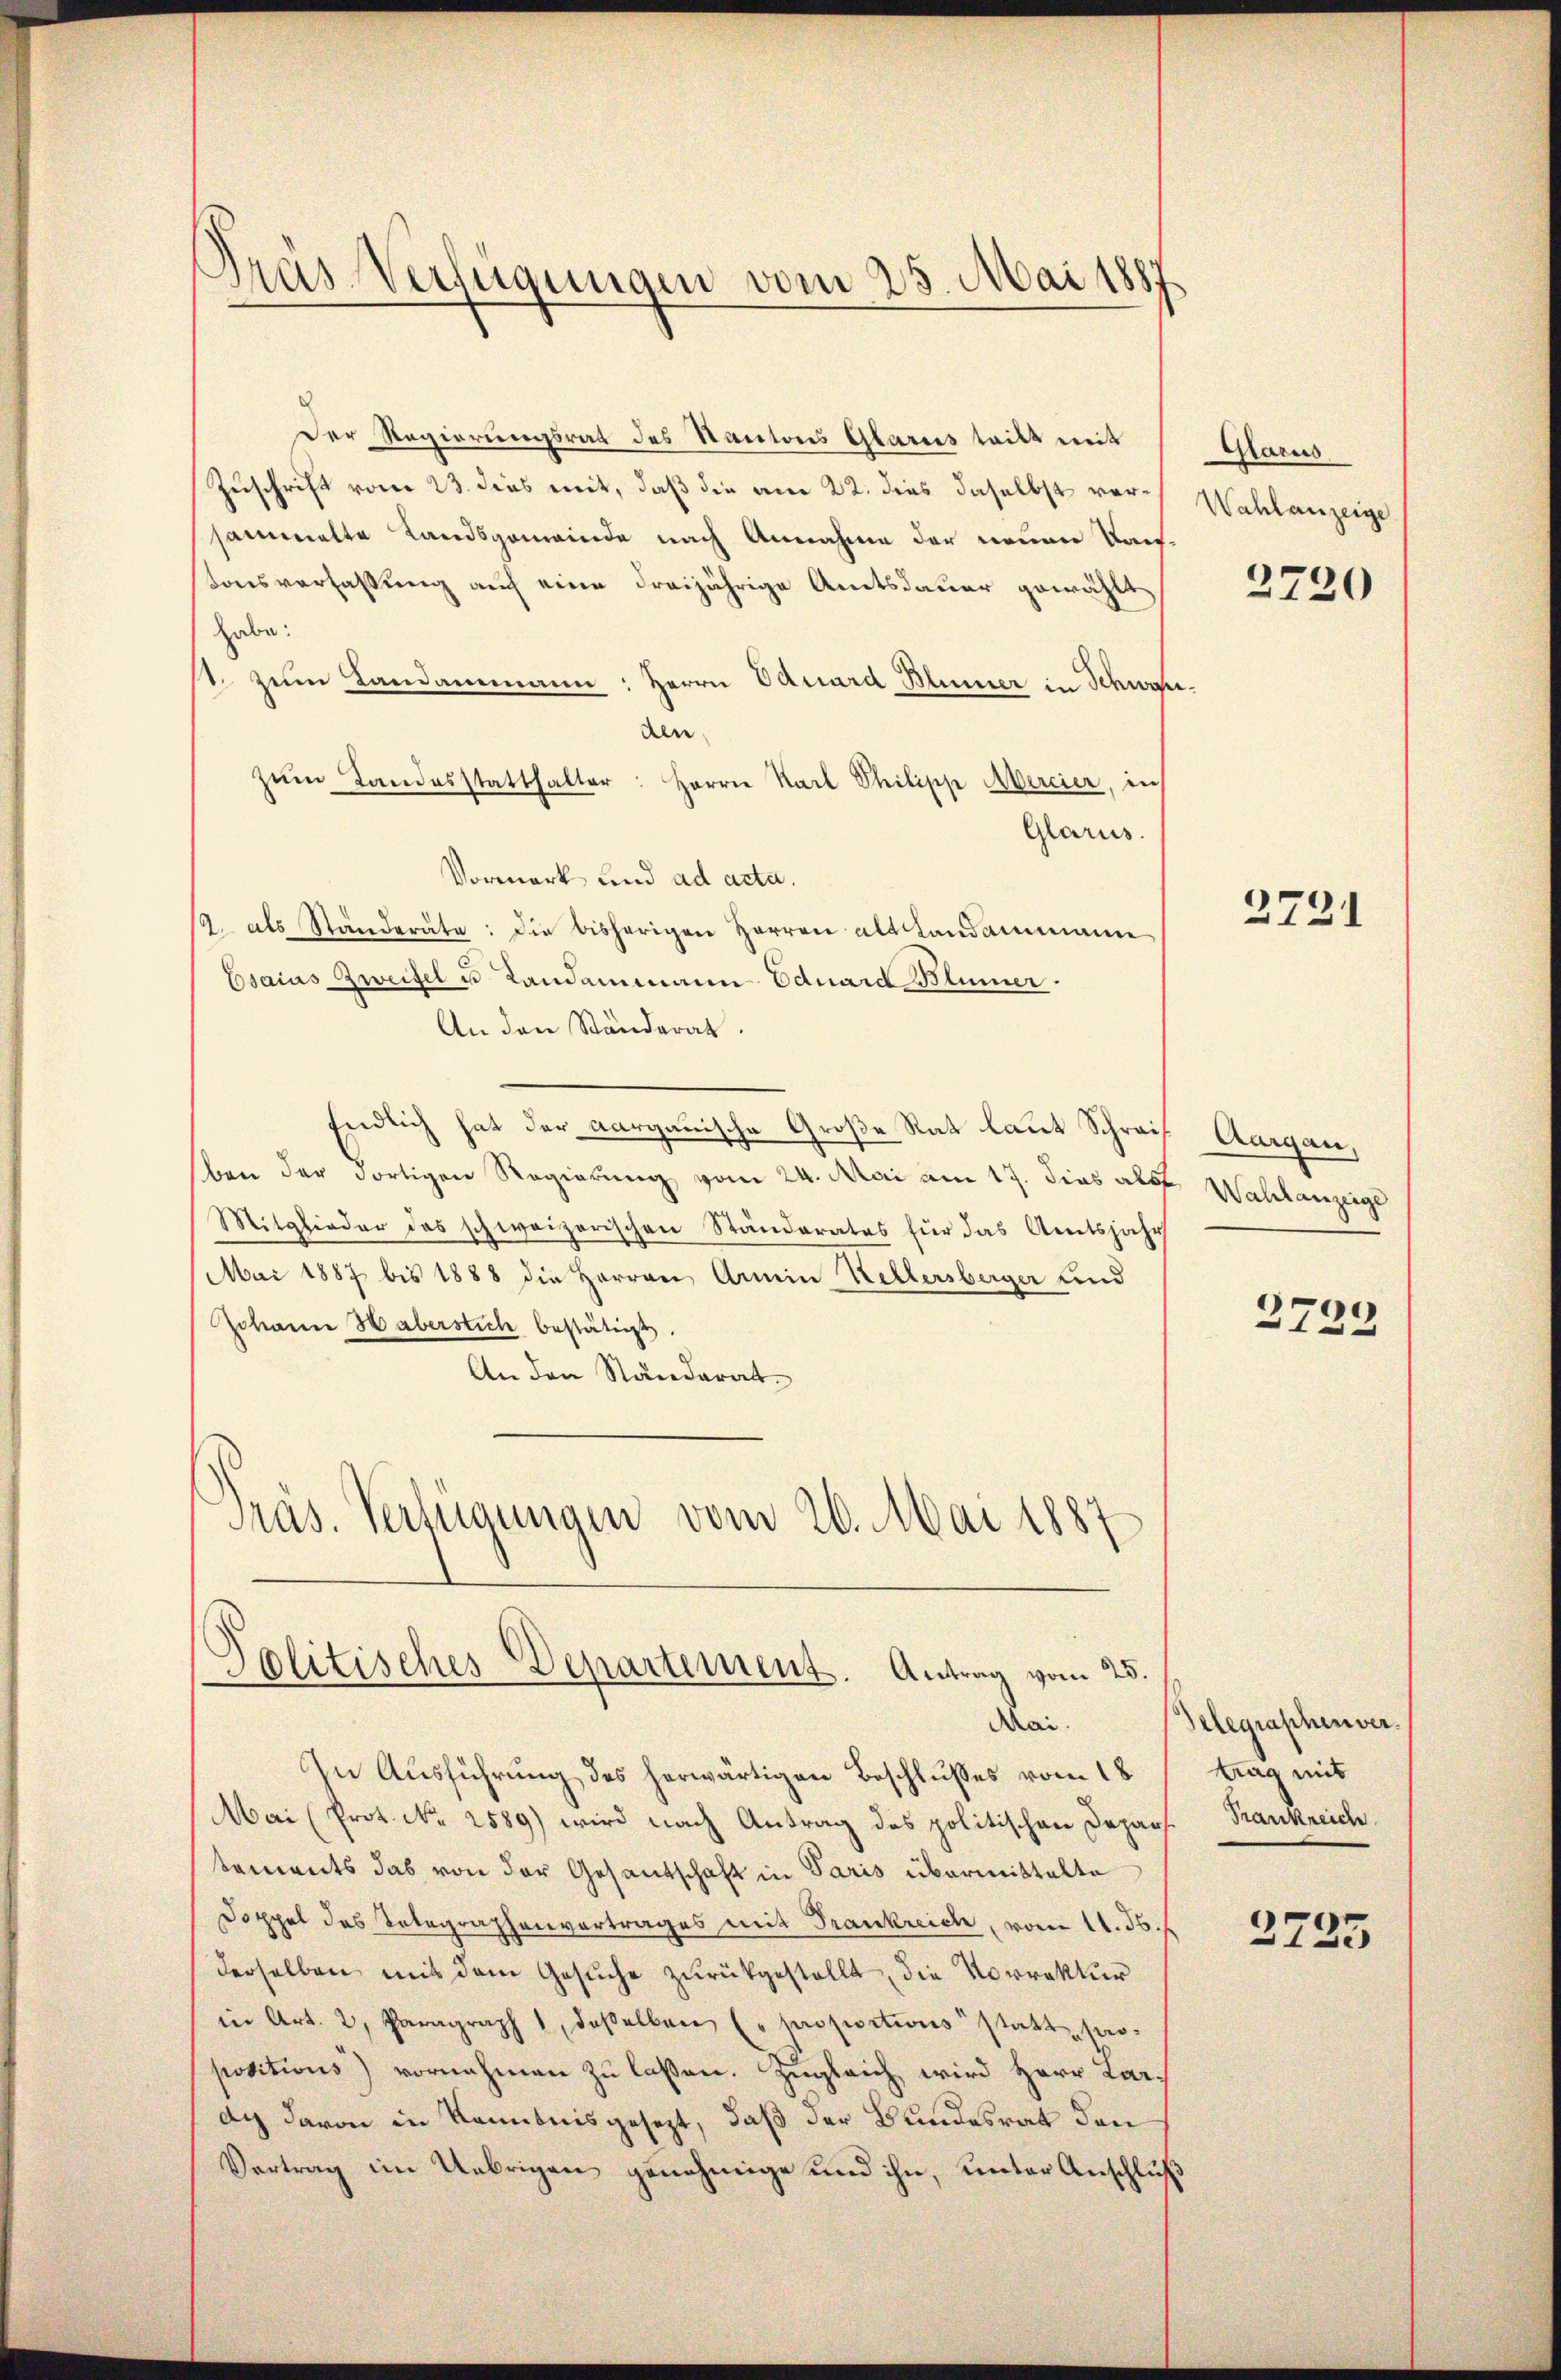
Pras Verfügungen vom 25. Mai 1887

Der Regierungsrat des Kantons Glarus teilt mit
Zuschrift vom 23. dies mit, daß die am 22. dies daselbst versammelte Landsgemeinde nach Annahme der neuen Kaustonsverfassung auch eine dreijährige Amtsdauer gewählt,
habe:
1 zum Landammann: Herrn Eduard Blümer in Schweidere
zŭm Landesstatthalter: Herrn Karl Philipp Mercier, in
Glarus.
Vormerk und ad acta.
19. als Ständeräte: die bisherigen Herren alt Landammanne
Esaius Zweifel u. Landammann Eduard-Blümer.
An den Ständerat.
Endlich hat der aargauische Große Rat laut Schreif Aargau,
ben der dortigen Regierung vom 24. Mai am 17. dies als Wahlanzeige
Mitglieder das schweizerischen Ständerates für das Amtsjahr
Mai 1887 bis 1888 die Herren Armin Kellersberger und
Johann Haberstich bestätigt.
An den Ständerat
Präs. Verfügungen vom 20. Mai 1887

Politisches Departement. Antrag vom 25.
Mai.

In Ausführung des herwärtigen Beschlußes vom 18
Mai (Prot. No 2589) wird nach Antrag des politischen Depars. Frankreich
tements das von der Gesantschaft in Paris übermittelte
Doppel des Telegraphenvertrages mit Frankreich, vom 11. 36.
derselben mit dem Gesuche zurückgestellt, die Vorrektur
in Art. 2, Paragraph 1, daßelben (proportions statt propositions) vornehmen zu lassen. Zugleich wird Herr Lar-
dg davon in Kenntnis gesezt, daß der Bundesrat den
Vertrag im Uebrigen genehmige und ihn, unter Anschluß

Glarus
Wahlanzeige

2720

2721

2799

Telegraphenver
trag mit

2735